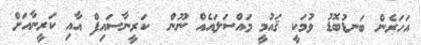
އަހަރެން ބަނޑުބޮޑު ވުމަކީ ޤައުމީ މައްސަލައެއް ނޫން  ކަރީނާސައިފް އާއި ކަރީނާއަށް